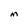
Character: M